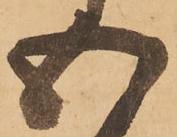
五